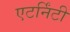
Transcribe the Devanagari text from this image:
एटर्निंटी